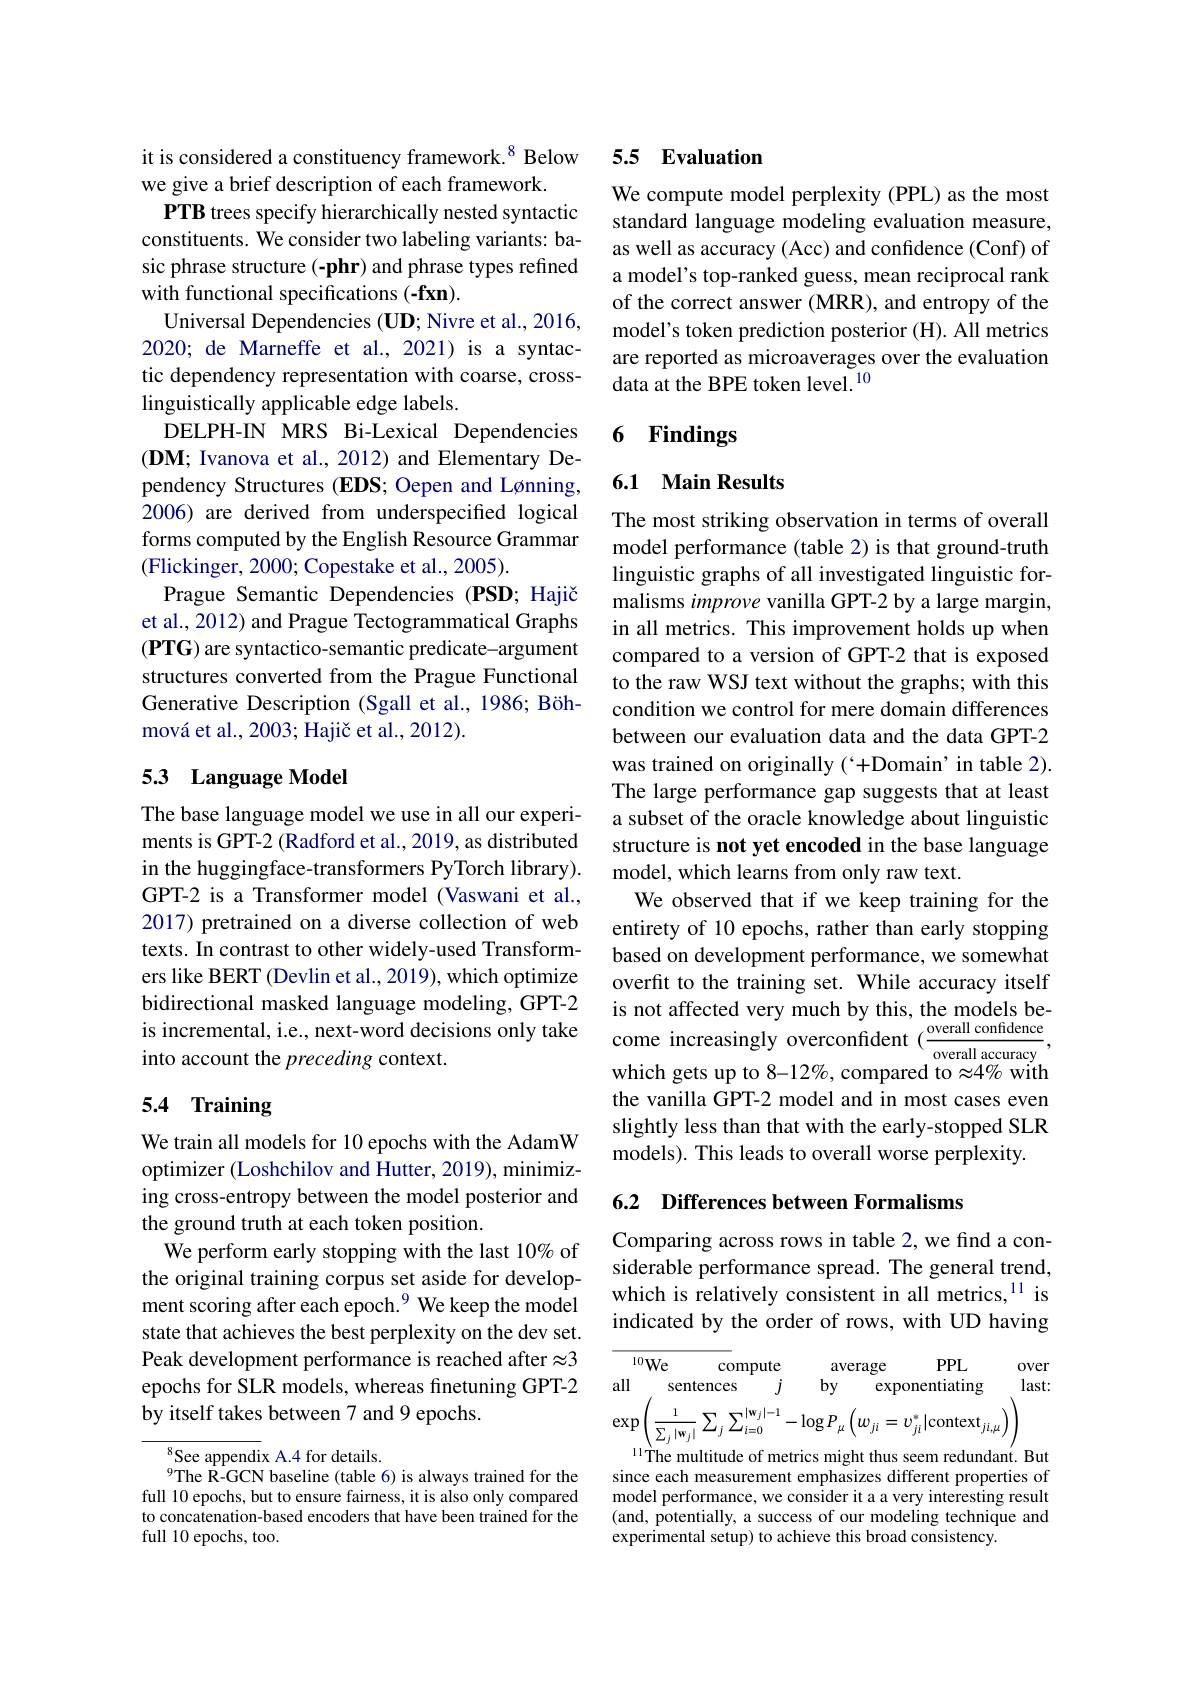
it is considered a constituency framework.$^{8}$ Below
we give a brief description of each framework.
PTB trees specify hierarchically nested syntactic constituents. We consider two labeling variants: basic phrase structure (-phr) and phrase types refined with functional specifications (-fxn).
Universal Dependencies (UD; Nivre et al., 2016, 2020; de Marneffe et al., 2021) is a syntaclinguistically applicable edge labels.
DELPH-IN MRS Bi-Lexical Dependencies $(\mathbf{DM};$ Ivanova et al., 2012) and Elementary Dependency Structures (EDS; Oepen and Lønning, 2006) are derived from underspecified logical forms computed by the English Resource Grammar (Flickinger, 2000; Copestake et al., 2005).
Prague Semantic Dependencies (PSD; Hajič et al., 2012) and Prague Tectogrammatical Graphs $(\mathbf{PTG})$ are syntactico-semantic predicate-argument structures converted from the Prague Functional Generative Description (Sgall et al., 1986; Böhmová et al., 2003; Hajič et al., 2012).

## 5.3 Language Model

The base language model we use in all our experiments is GPT-2 (Radford et al., 2019, as distributed in the huggingface-transformers PyTorch library). GPT-2 is a Transformer model (Vaswani et al., 2017) pretrained on a diverse collection of web texts. In contrast to other widely-used Transformers like BERT (Devlin et al., 2019), which optimize bidirectional masked language modeling, GPT-2 into account the preceding context.

## 5.4 Training

We train all models for 10 epochs with the AdamW optimizer (Loshchilov and Hutter, 2019), minimizing cross-entropy between the model posterior and the ground truth at each token position.
We perform early stopping with the last 10% of the original training corpus set aside for development scoring after each epoch.$^{9}$ We keep the model state that achieves the best perplexity on the dev set. Peak development performance is reached after $\approx3$ epochs for SLR models, whereas finetuning GPT-2 by itself takes between 7 and 9 epochs.

$^{8}$See appendix A.4 for details.
$^{9}$The R-GCN baseline (table 6) is always trained for the full 10 epochs, but to ensure fairness, it is also only compared to concatenation-based encoders that have been trained for the full 10 epochs, too.

## 5.5 Evaluation

We compute model perplexity (PPL) as the most standard language modeling evaluation measure, as well as accuracy (Acc) and confidence (Conf) of a model's top-ranked guess, mean reciprocal rank of the correct answer (MRR), and entropy of the model's token prediction posterior (H). All metrics are reported as microaverages over the evaluation
tic dependency representation with coarse, cross- data at the BPE token level.$^{10}$

## 6 Findings

### 6.1 Main Results

The most striking observation in terms of overall model performance (table 2) is that ground-truth linguistic graphs of all investigated linguistic formalisms improve vanilla GPT-2 by a large margin, in all metrics. This improvement holds up when compared to a version of GPT-2 that is exposed to the raw WSJ text without the graphs; with this condition we control for mere domain differences between our evaluation data and the data GPT-2 was trained on originally (`+Domain'in table 2). The large performance gap suggests that at least a subset of the oracle knowledge about linguistic structure is not yet encoded in the base language model, which learns from only raw text.
We observed that if we keep training for the entirety of 10 epochs, rather than early stopping based on development performance, we somewhat overfit to the training set. While accuracy itself
bidirectional masked language modeling, GPI- 2 is not affected very much by this, the models be- is incremental, i. e. , next- word decisions only take come increasingly overconfident$( \frac {\text{overall confidence}}{\text{overall accuracy}}$, into account t
which gets up to 8-12%, compared to $\approx4\%$ with the vanilla GPT-2 model and in most cases even slightly less than that with the early-stopped SLR models). This leads to overall worse perplexity.

6.2 Differences between Formalisms

Comparing across rows in table 2,we find a considerable performance spread. The general trend, which is relatively consistent in all metrics,$^{11}$ is indicated by the order of rows, with UD having

${\overline{{10\mathrm{We}}}}$
$PPL$
compute
average
0ver
all sentences $j$ by exponentiating
last:
$\exp\left(\frac{1}{\sum_{j}|\mathbf{w}_{j}|}\sum_{j}\sum_{i=0}^{|\mathbf{w}_{j}|-1}-\log P_{\mu}\left(w_{ji}=v_{ji}^{*}|\mathrm{context}_{ji,\mu}\right)\right)$

11The multitude of metrics might thus seem redundant. But since each measurement emphasizes different properties of model performance, we consider it a a very interesting result (and, potentially, a success of our modeling technique and experimental setup) to achieve this broad consistency.